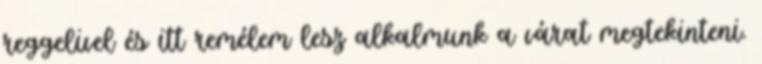
reggelivel és itt remélem lesz alkalmunk a várat megtekinteni.